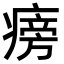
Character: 𤹔